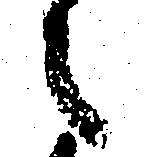
之